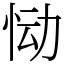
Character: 恸